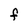
Character: F